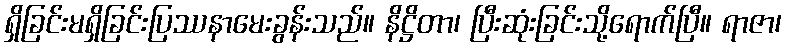
ရှိခြင်းမရှိခြင်းပြဿနာမေးခွန်းသည်။ နိဋ္ဌိတာ၊ ပြီးဆုံးခြင်းသို့ရောက်ပြီ။ ရာဇာ၊